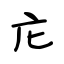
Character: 庀